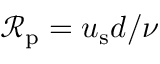
\mathcal { R } _ { \mathrm { p } } = u _ { \mathrm { s } } d / \nu